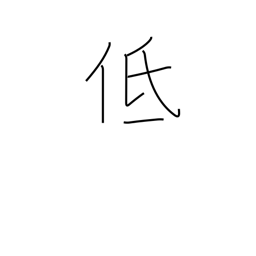
Meaning: short